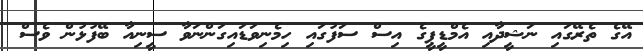
އޭގެ ތެރޭގައި ނަޝީދާއި އެމްޑީޕީގެ އިސް ސަފުގައި ހިމެނިވަޑައިގަންނަވާ ސީނިއާ ބޭފުޅުން ވެސް